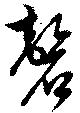
磬